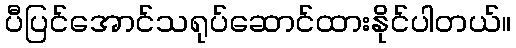
ပီပြင်အောင်သရုပ်ဆောင်ထားနိုင်ပါတယ်။